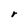
Character: r